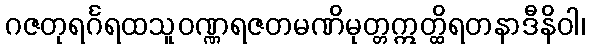
ဂဇတုရင်္ဂရထသူဝဏ္ဏရဇတမဏိမုတ္တဣတ္ထိရတနာဒီနိဝါ၊